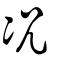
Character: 况